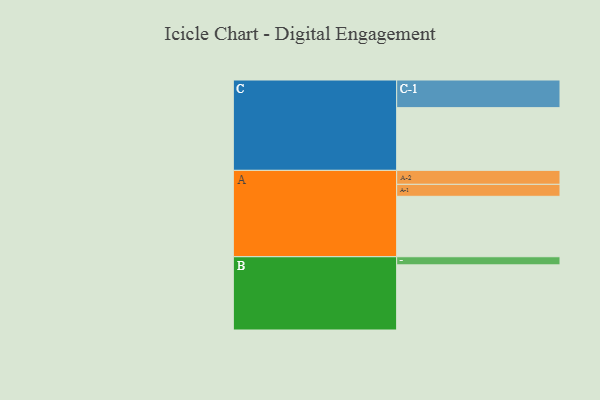
{"axis": {"x": "Segment", "y": "Value"}, "legend": ["", "A", "B", "C"], "data": [{"x": "A", "y": 424, "type": ""}, {"x": "B", "y": 457, "type": ""}, {"x": "C", "y": 440, "type": ""}, {"x": "A-1", "y": 84, "type": "A"}, {"x": "A-2", "y": 98, "type": "A"}, {"x": "B-1", "y": 57, "type": "B"}, {"x": "C-1", "y": 194, "type": "C"}]}